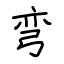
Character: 弯